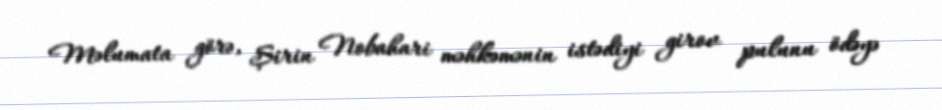
Məlumata görə, Şirin Nobahari məhkəmənin istədiyi girov pulunu ödəyə